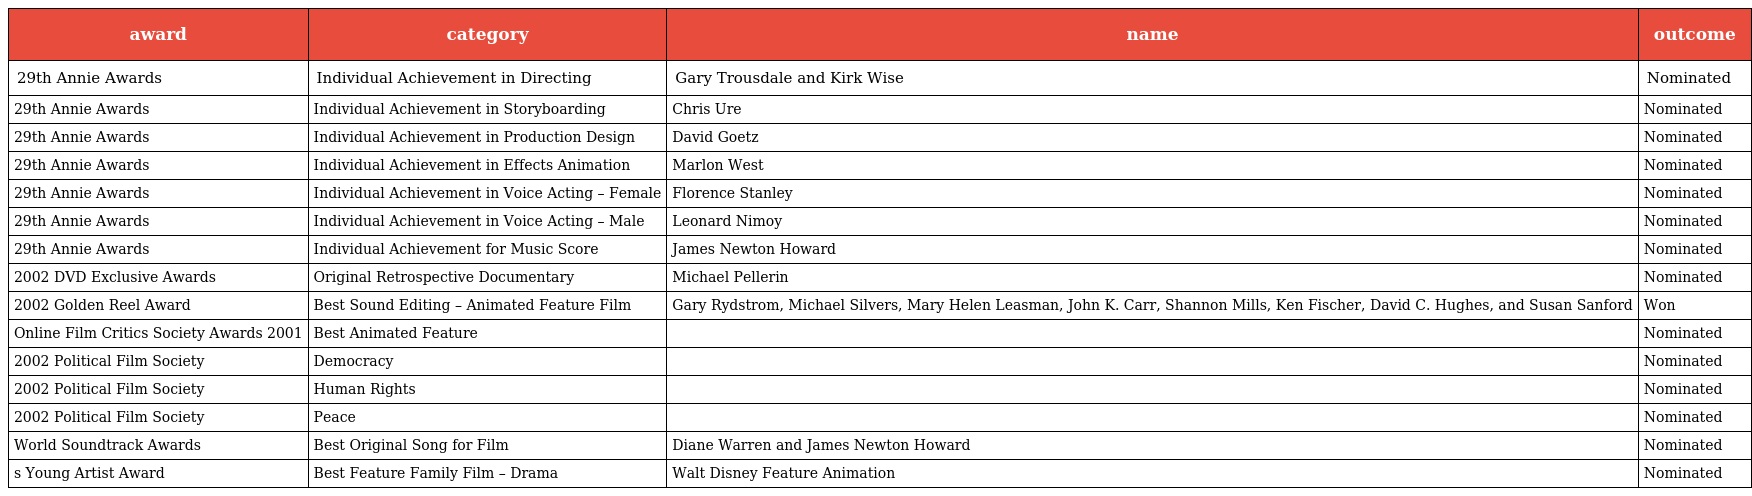
| award | category | name | outcome |
 | --- | --- | --- | --- |
 | 29th Annie Awards | Individual Achievement in Directing | Gary Trousdale and Kirk Wise | Nominated |
 | 29th Annie Awards | Individual Achievement in Storyboarding | Chris Ure | Nominated |
 | 29th Annie Awards | Individual Achievement in Production Design | David Goetz | Nominated |
 | 29th Annie Awards | Individual Achievement in Effects Animation | Marlon West | Nominated |
 | 29th Annie Awards | Individual Achievement in Voice Acting – Female | Florence Stanley | Nominated |
 | 29th Annie Awards | Individual Achievement in Voice Acting – Male | Leonard Nimoy | Nominated |
 | 29th Annie Awards | Individual Achievement for Music Score | James Newton Howard | Nominated |
 | 2002 DVD Exclusive Awards | Original Retrospective Documentary | Michael Pellerin | Nominated |
 | 2002 Golden Reel Award | Best Sound Editing – Animated Feature Film | Gary Rydstrom, Michael Silvers, Mary Helen Leasman, John K. Carr, Shannon Mills, Ken Fischer, David C. Hughes, and Susan Sanford | Won |
 | Online Film Critics Society Awards 2001 | Best Animated Feature |  | Nominated |
 | 2002 Political Film Society | Democracy |  | Nominated |
 | 2002 Political Film Society | Human Rights |  | Nominated |
 | 2002 Political Film Society | Peace |  | Nominated |
 | World Soundtrack Awards | Best Original Song for Film | Diane Warren and James Newton Howard | Nominated |
 | s Young Artist Award | Best Feature Family Film – Drama | Walt Disney Feature Animation | Nominated |